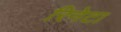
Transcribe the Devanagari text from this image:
रिनेटा